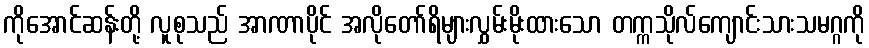
ကိုအောင်ဆန်းတို့ လူစုသည် အာဏာပိုင် အလိုတော်ရိများလွှမ်းမိုးထားသော တက္ကသိုလ်ကျောင်းသားသမဂ္ဂကို